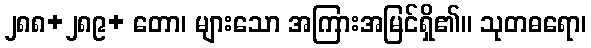
၂၈၈+၂၈၉+ တော၊ များသော အကြားအမြင်ရှိ၏။ သုတဓရော၊